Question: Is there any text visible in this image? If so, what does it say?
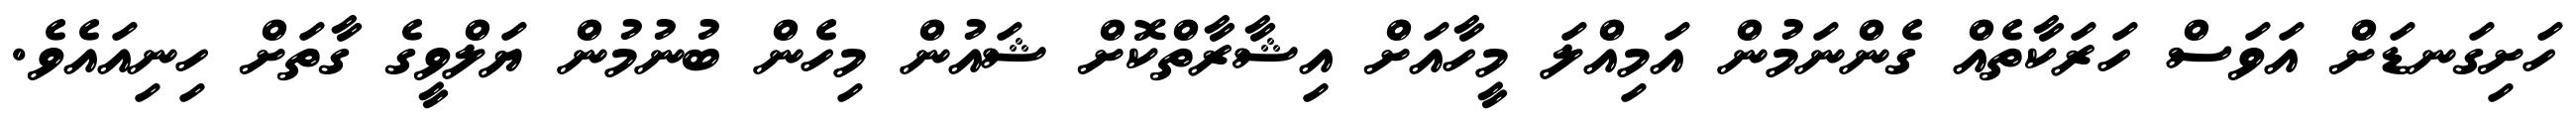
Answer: ހަށިގަނޑަށް އަވަސް ހަރަކާތެއް ގެންނަމުން އަމިއްލަ މީހާއަށް އިޝާރާތްކޮށް ޝައުން މިހެން ބުނުމުން ޔަލްވީގެ ގާތަށް ހިނިއައެވެ.